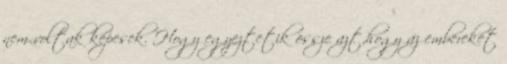
nem voltak képesek. Hogy egyeztetik össze azt,hogy az embereket